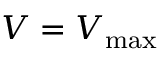
V = V _ { \operatorname* { m a x } }